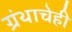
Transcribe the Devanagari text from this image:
ग्रंथाचेही